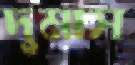
দুমাস